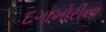
દગાખોરીના